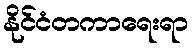
နိုင်ငံတကာရေးရာ